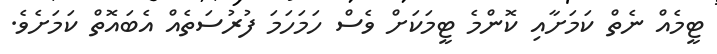
ޓީމެއް ނެތް ކަމަށާއި ކޮންމެ ޓީމަކަށް ވެސް ހަމަހަމަ ފުރުސަތެއް އެބައޮތް ކަމަށެވެ.